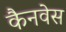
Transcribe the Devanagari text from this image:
कैनवेस